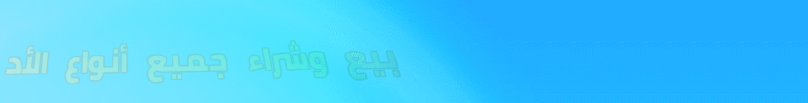
بيع وشراء جميع أنواع الأد